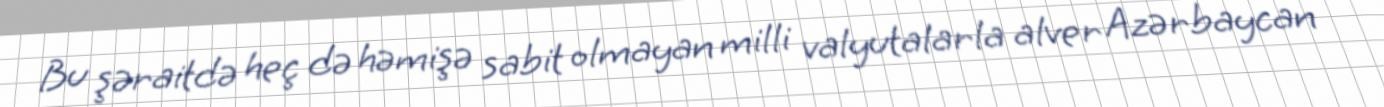
Bu şəraitdə heç də həmişə sabit olmayan milli valyutalarla alver Azərbaycan